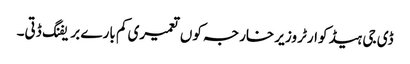
ڈی جی ہیڈ کوارٹر وزیر خارجہ کوں تعمیری کم بارے بریفنگ ڈتی۔